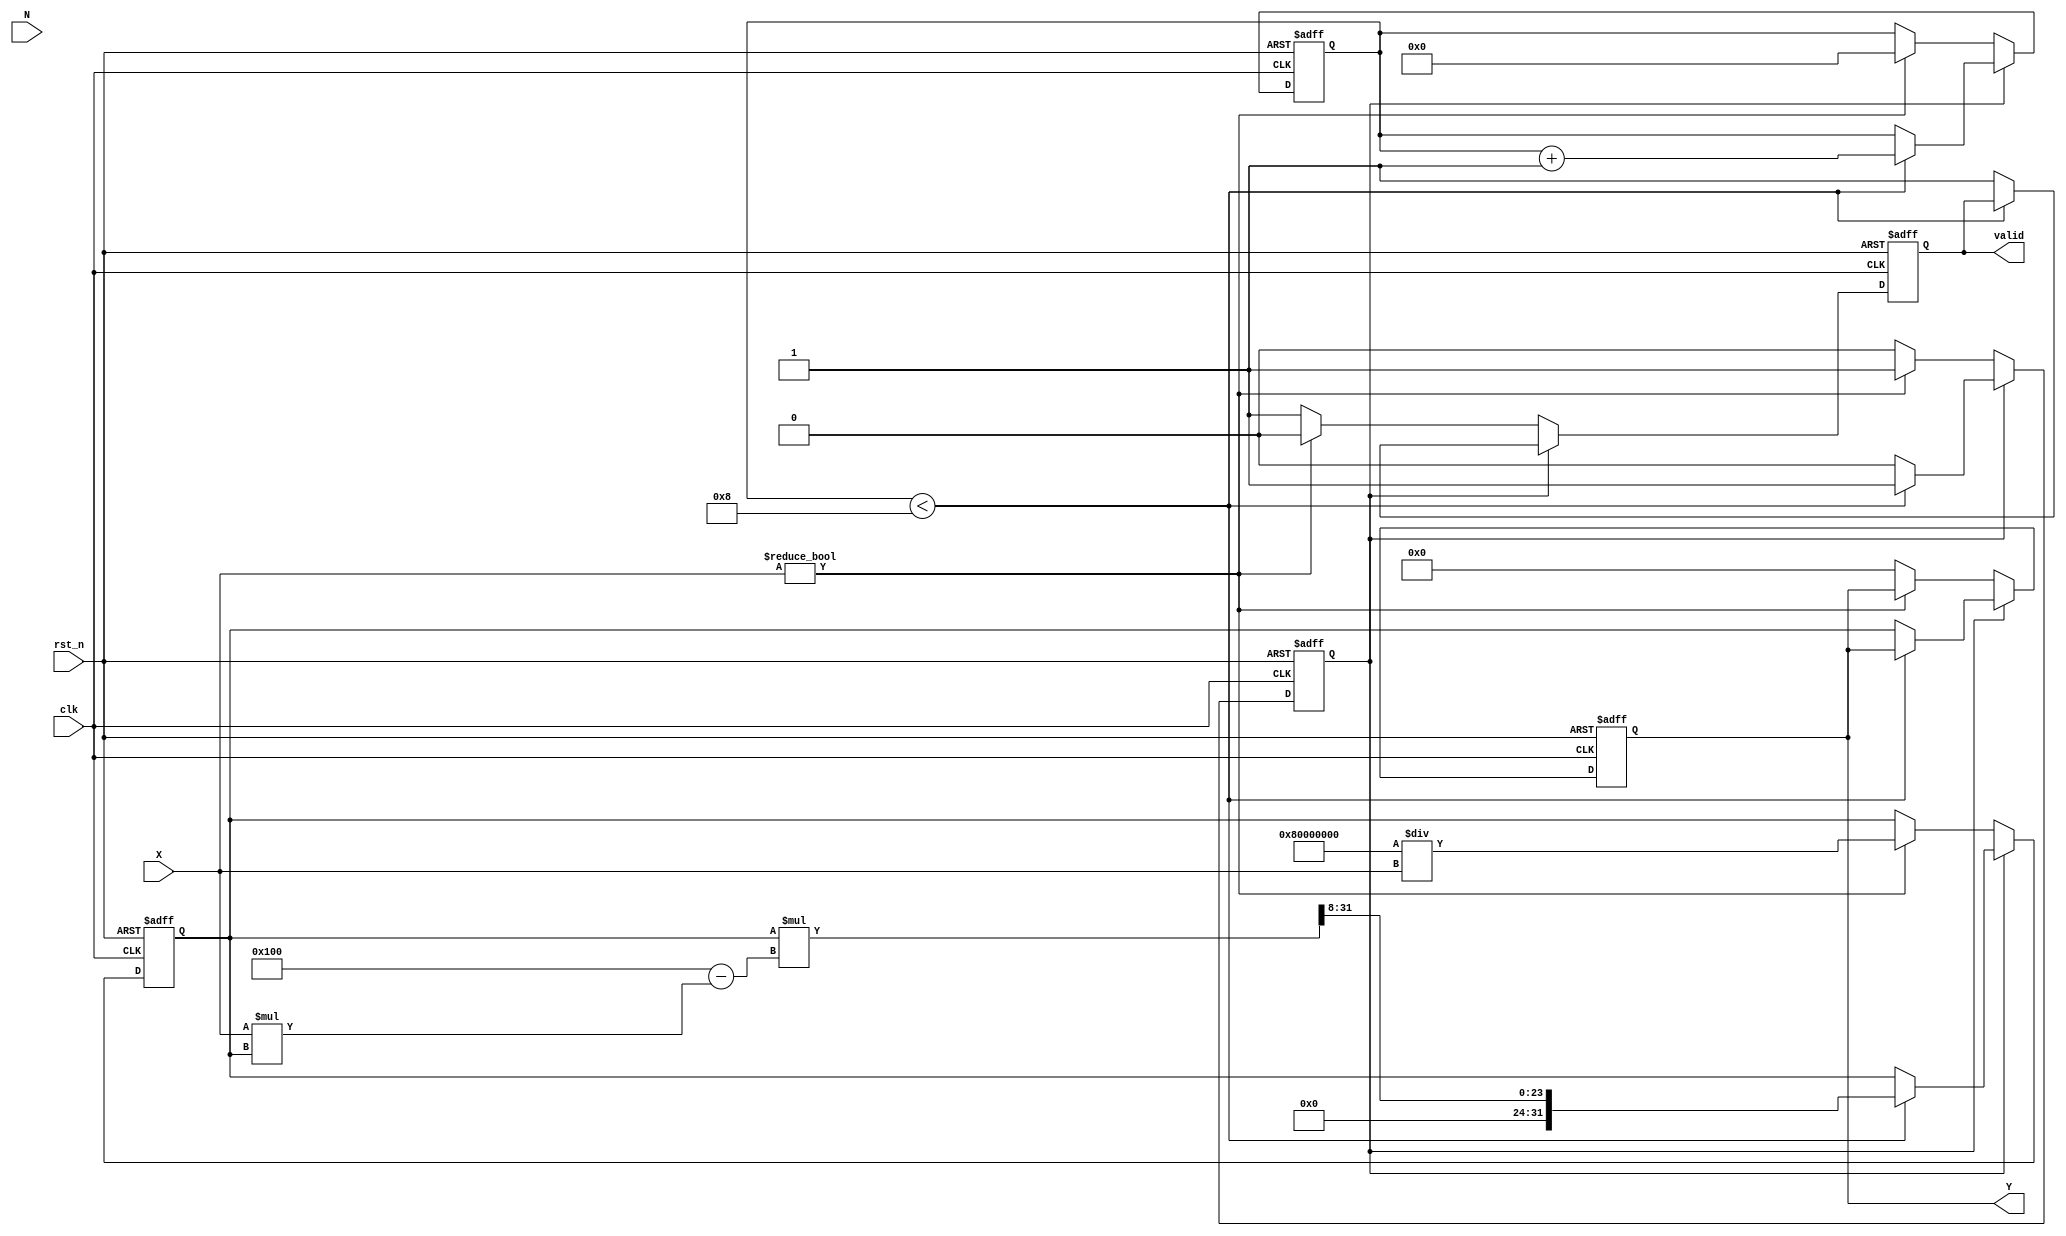
module fractional_order_reciprocal #(
    parameter INPUT_WIDTH = 16,   // Width of the input signal
    parameter OUTPUT_WIDTH = 32,   // Width of the output signal
    parameter FRACTIONAL_ORDER_WIDTH = 8 // Width for fractional order
)(
    input wire clk,                 // Clock signal
    input wire rst_n,               // Active low reset
    input wire signed [INPUT_WIDTH-1:0] X, // Input signal
    input wire signed [FRACTIONAL_ORDER_WIDTH-1:0] N, // Fractional order
    output reg signed [OUTPUT_WIDTH-1:0] Y, // Output signal
    output reg valid                // Output valid signal
);

    // Internal signals
    reg signed [OUTPUT_WIDTH-1:0] approx; // Approximation of the reciprocal
    reg [3:0] iteration_count; // Iteration counter
    reg start; // Start signal for the computation

    // Control logic
    always @(posedge clk or negedge rst_n) begin
        if (!rst_n) begin
            Y <= 0;
            valid <= 0;
            approx <= 0;
            iteration_count <= 0;
            start <= 0;
        end else begin
            if (start) begin
                if (iteration_count < 8) begin // Limit iterations to 8 for convergence
                    approx <= approx * (2**FRACTIONAL_ORDER_WIDTH - X * approx) >> FRACTIONAL_ORDER_WIDTH; // Newton-Raphson iteration
                    iteration_count <= iteration_count + 1;
                end else begin
                    Y <= approx; // Assign the final approximation to output
                    valid <= 1; // Indicate valid output
                    start <= 0; // Reset start signal
                end
            end else begin
                if (X != 0) begin // Avoid division by zero
                    approx <= (1 << (OUTPUT_WIDTH - 1)) / X; // Initial approximation
                    iteration_count <= 0;
                    start <= 1; // Start the computation
                    valid <= 0; // Reset valid signal
                end else begin
                    Y <= 0; // Handle division by zero case
                    valid <= 1; // Output is valid even if it's zero
                end
            end
        end
    end

endmodule